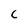
Character: C